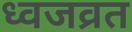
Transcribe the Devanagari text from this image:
ध्वजव्रत